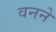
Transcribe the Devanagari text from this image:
वनने